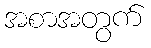
အစာအတွက်